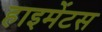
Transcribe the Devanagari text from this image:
हाइमेंटस